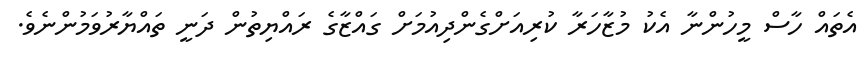
އެތައް ހާސް މީހުންނާ އެކު މުޒާހަރާ ކުރިއަށްގެންދިއުމަށް ގައްޒާގެ ރައްޔިތުން ދަނީ ތައްޔާރުވަމުންނެވެ.